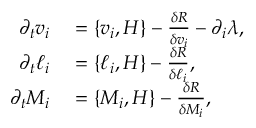
\begin{array} { r l } { \partial _ { t } v _ { i } } & { { } = \{ v _ { i } , H \} - \frac { \delta R } { \delta v _ { i } } - \partial _ { i } \lambda , } \\ { \partial _ { t } \ell _ { i } } & { { } = \{ \ell _ { i } , H \} - \frac { \delta R } { \delta \ell _ { i } } , } \\ { \partial _ { t } M _ { i } } & { { } = \{ M _ { i } , H \} - \frac { \delta R } { \delta M _ { i } } , } \end{array}